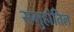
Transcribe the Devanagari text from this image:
समुहांतिल